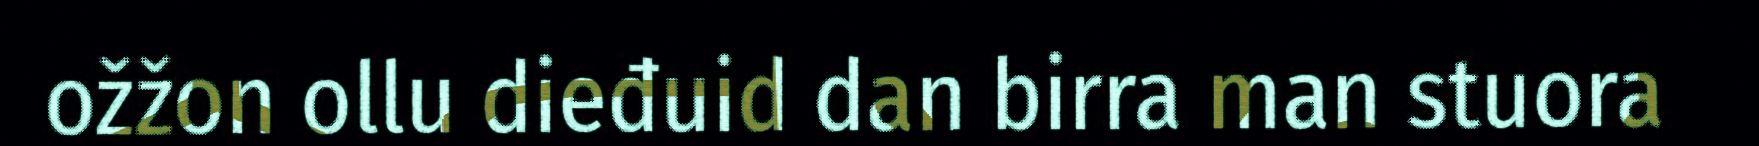
ožžon ollu dieđuid dan birra man stuora